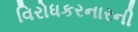
વિરોધકરનારની